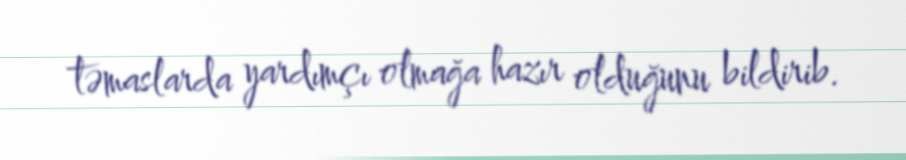
təmaslarda yardımçı olmağa hazır olduğunu bildirib.